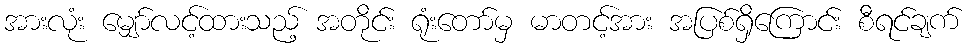
အားလုံး မျှော်လင့်ထားသည့် အတိုင်း ရုံးတော်မှ မာတင့်အား အပြစ်ရှိကြောင်း စီရင်ချက်